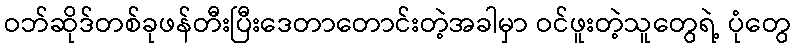
ဝဘ်ဆိုဒ်တစ်ခုဖန်တီးပြီးဒေတာတောင်းတဲ့အခါမှာ ဝင်ဖူးတဲ့သူတွေရဲ့ ပုံတွေ